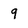
Character: q